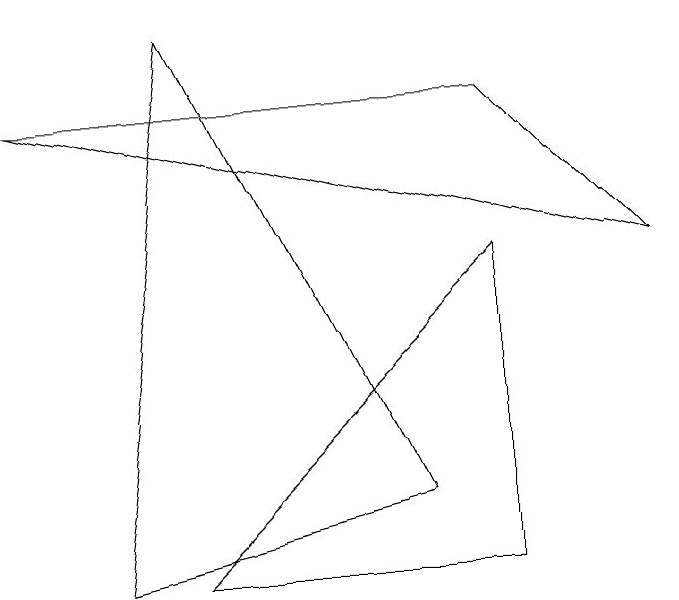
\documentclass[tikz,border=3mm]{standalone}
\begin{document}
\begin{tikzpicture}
\draw (8,4) -- (0,6) -- (6,6) -- cycle;
\draw (2,7) -- (1,0) -- (5,1) -- cycle;
\draw (6,0) -- (6,4) -- (2,0) -- cycle;
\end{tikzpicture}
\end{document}